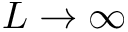
L \rightarrow \infty